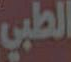
الطبي